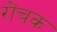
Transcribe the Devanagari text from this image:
रोंचक